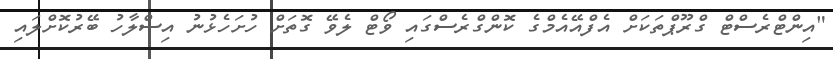
"އިންޓްރެސްޓް ގްރޫޕްތަކަށް އެފްއޭއެމްގެ ކޮންގްރެސްގައި ވޯޓް ލެވޭ ގޮތަށް ހުށަހެޅުނު އިސްލާހު ބޭރުކޮށްލައި